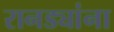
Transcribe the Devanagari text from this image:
रानड्यांना